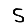
Digit: 5